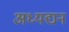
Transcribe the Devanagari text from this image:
अध्यद्यन